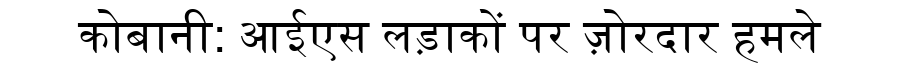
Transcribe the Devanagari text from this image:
कोबानी: आईएस लड़ाकों पर ज़ोरदार हमले